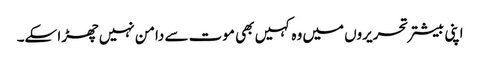
اپنی بیشتر تحریروں میں وہ کہیں بھی موت سے دامن نہیں چھڑا سکے۔